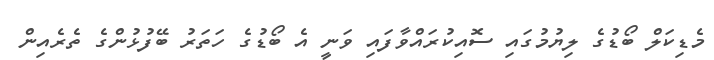
މެޑިކަލް ބޯޑުގެ ލިޔުމުގައި ސޮއިކުރައްވާފައި ވަނީ އެ ބޯޑުގެ ހަތަރު ބޭފުޅުންގެ ތެރެއިން